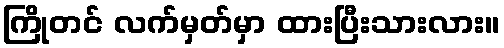
ကြိုတင် လက်မှတ်မှာ ထားပြီးသားလား။